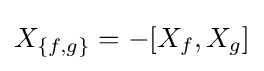
X_{\{f,g\}}=-[X_{f},X_{g}]